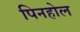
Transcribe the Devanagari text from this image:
पिनहोल